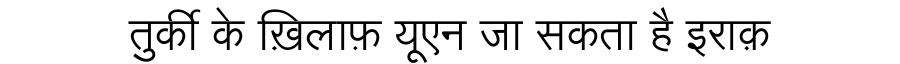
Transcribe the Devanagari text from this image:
तुर्की के ख़िलाफ़ यूएन जा सकता है इराक़